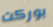
بوركت